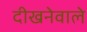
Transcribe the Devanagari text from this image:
दीखनेवाले